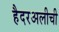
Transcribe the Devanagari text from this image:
हैदरअलीची